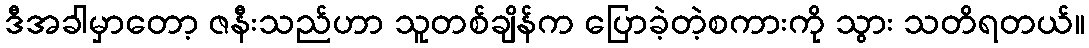
ဒီအခါမှာတော့ ဇနီးသည်ဟာ သူတစ်ချိန်က ပြောခဲ့တဲ့စကားကို သွား သတိရတယ်။